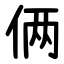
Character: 俩